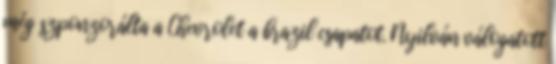
még szponzorálta a Chevrolet a brazil csapatot. Nyilván válogatott